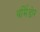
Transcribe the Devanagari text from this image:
थर्मिडोर